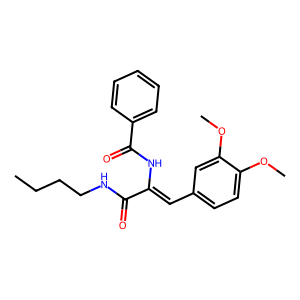
SMILES: CCCCNC(=O)C(=Cc1ccc(OC)c(OC)c1)NC(=O)c1ccccc1
Inhibits HIV replication: No